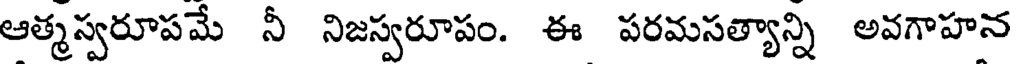
ఆత్మస్వరూపమే నీ నిజస్వరూపం. ఈ పరమసత్యాన్ని అవగాహన